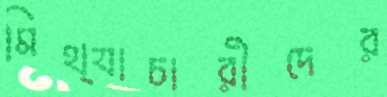
মিথ্যাচারীদের